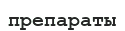
препараты